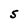
Character: S